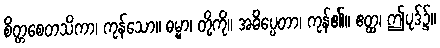
စိတ္တစေတသိကာ၊ ကုန်သော။ ဓမ္မာ၊ တို့ကို။ အဓိပ္ပေတာ၊ ကုန်၏။ ဧတ္ထ၊ ဤပုဒ်၌။